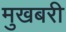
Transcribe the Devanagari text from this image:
मुखबरी